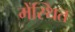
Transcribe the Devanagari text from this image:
मेंस्थित